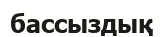
бассыздық